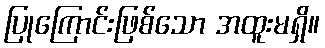
ပြုကြောင်းဖြစ်သော အထူးမရှိ။